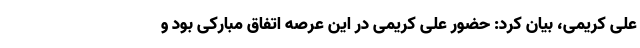
علی کریمی، بیان کرد: حضور علی کریمی در این عرصه اتفاق مبارکی بود و